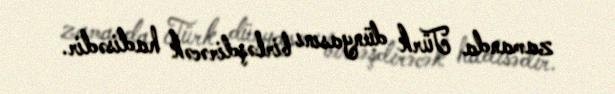
zamanda Türk dünyasını birləşdirəcək hadisədir.